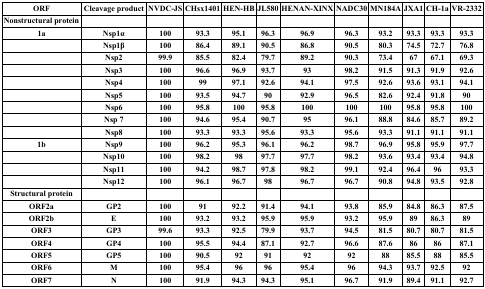
<table><thead><tr><td><b>ORF</b></td><td><b>Cleavage product</b></td><td><b>NVDC-JS</b></td><td><b>CHsx1401</b></td><td><b>HEN-HB</b></td><td><b>JL580</b></td><td><b>HENAN-XINX</b></td><td><b>NADC30</b></td><td><b>MN184A</b></td><td><b>JXA1</b></td><td><b>CH-1a</b></td><td><b>VR-2332</b></td></tr></thead><tbody><tr><td><b>Nonstructural protein</b></td><td></td><td></td><td></td><td></td><td></td><td></td><td></td><td></td><td></td><td></td><td></td></tr><tr><td><b>1a</b></td><td><b>Nsp1α</b></td><td><b>100</b></td><td><b>93.3</b></td><td><b>95.1</b></td><td><b>96.3</b></td><td><b>96.9</b></td><td><b>96.3</b></td><td><b>93.2</b></td><td><b>93.3</b></td><td><b>93.3</b></td><td><b>93.3</b></td></tr><tr><td></td><td><b>Nsp1β</b></td><td><b>100</b></td><td><b>86.4</b></td><td><b>89.1</b></td><td><b>90.5</b></td><td><b>86.8</b></td><td><b>90.5</b></td><td><b>80.3</b></td><td><b>74.5</b></td><td><b>72.7</b></td><td><b>76.8</b></td></tr><tr><td></td><td><b>Nsp2</b></td><td><b>99.9</b></td><td><b>85.5</b></td><td><b>82.4</b></td><td><b>79.7</b></td><td><b>89.2</b></td><td><b>90.3</b></td><td><b>73.4</b></td><td><b>67</b></td><td><b>67.1</b></td><td><b>69.3</b></td></tr><tr><td></td><td><b>Nsp3</b></td><td><b>100</b></td><td><b>96.6</b></td><td><b>96.9</b></td><td><b>93.7</b></td><td><b>93</b></td><td><b>98.2</b></td><td><b>91.5</b></td><td><b>91.3</b></td><td><b>91.9</b></td><td><b>92.6</b></td></tr><tr><td></td><td><b>Nsp4</b></td><td><b>100</b></td><td><b>99</b></td><td><b>97.1</b></td><td><b>92.6</b></td><td><b>94.1</b></td><td><b>97.5</b></td><td><b>92.6</b></td><td><b>93.6</b></td><td><b>93.1</b></td><td><b>94.1</b></td></tr><tr><td></td><td><b>Nsp5</b></td><td><b>100</b></td><td><b>93.5</b></td><td><b>94.7</b></td><td><b>90</b></td><td><b>92.9</b></td><td><b>96.5</b></td><td><b>82.6</b></td><td><b>92.4</b></td><td><b>91.8</b></td><td><b>90</b></td></tr><tr><td></td><td><b>Nsp6</b></td><td><b>100</b></td><td><b>95.8</b></td><td><b>100</b></td><td><b>95.8</b></td><td><b>100</b></td><td><b>100</b></td><td><b>100</b></td><td><b>95.8</b></td><td><b>95.8</b></td><td><b>100</b></td></tr><tr><td></td><td><b>Nsp 7</b></td><td><b>100</b></td><td><b>94.6</b></td><td><b>95.4</b></td><td><b>90.7</b></td><td><b>95</b></td><td><b>96.1</b></td><td><b>88.8</b></td><td><b>84.6</b></td><td><b>85.7</b></td><td><b>89.2</b></td></tr><tr><td></td><td><b>Nsp8</b></td><td><b>100</b></td><td><b>93.3</b></td><td><b>93.3</b></td><td><b>95.6</b></td><td><b>93.3</b></td><td><b>95.6</b></td><td><b>93.3</b></td><td><b>91.1</b></td><td><b>91.1</b></td><td><b>91.1</b></td></tr><tr><td><b>1b</b></td><td><b>Nsp9</b></td><td><b>100</b></td><td><b>96.2</b></td><td><b>95.3</b></td><td><b>96.1</b></td><td><b>96.2</b></td><td><b>98.7</b></td><td><b>96.9</b></td><td><b>95.8</b></td><td><b>95.9</b></td><td><b>97.7</b></td></tr><tr><td></td><td><b>Nsp10</b></td><td><b>100</b></td><td><b>98.2</b></td><td><b>98</b></td><td><b>97.7</b></td><td><b>97.7</b></td><td><b>98.2</b></td><td><b>93.6</b></td><td><b>93.4</b></td><td><b>93.4</b></td><td><b>94.8</b></td></tr><tr><td></td><td><b>Nsp11</b></td><td><b>100</b></td><td><b>94.2</b></td><td><b>98.7</b></td><td><b>97.8</b></td><td><b>98.2</b></td><td><b>99.1</b></td><td><b>92.4</b></td><td><b>96.4</b></td><td><b>96</b></td><td><b>93.3</b></td></tr><tr><td></td><td><b>Nsp12</b></td><td><b>100</b></td><td><b>96.1</b></td><td><b>96.7</b></td><td><b>98</b></td><td><b>96.7</b></td><td><b>96.7</b></td><td><b>90.8</b></td><td><b>94.8</b></td><td><b>93.5</b></td><td><b>92.8</b></td></tr><tr><td><b>Structural protein</b></td><td></td><td></td><td></td><td></td><td></td><td></td><td></td><td></td><td></td><td></td><td></td></tr><tr><td><b>ORF2a</b></td><td><b>GP2</b></td><td><b>100</b></td><td><b>91</b></td><td><b>92.2</b></td><td><b>91.4</b></td><td><b>94.1</b></td><td><b>93.8</b></td><td><b>85.9</b></td><td><b>84.8</b></td><td><b>86.3</b></td><td><b>87.5</b></td></tr><tr><td><b>ORF2b</b></td><td><b>E</b></td><td><b>100</b></td><td><b>93.2</b></td><td><b>93.2</b></td><td><b>95.9</b></td><td><b>95.9</b></td><td><b>93.2</b></td><td><b>95.9</b></td><td><b>89</b></td><td><b>86.3</b></td><td><b>89</b></td></tr><tr><td><b>ORF3</b></td><td><b>GP3</b></td><td><b>99.6</b></td><td><b>93.3</b></td><td><b>92.5</b></td><td><b>79.9</b></td><td><b>93.7</b></td><td><b>94.5</b></td><td><b>81.5</b></td><td><b>80.7</b></td><td><b>80.7</b></td><td><b>81.5</b></td></tr><tr><td><b>ORF4</b></td><td><b>GP4</b></td><td><b>100</b></td><td><b>95.5</b></td><td><b>94.4</b></td><td><b>87.1</b></td><td><b>92.7</b></td><td><b>96.6</b></td><td><b>87.6</b></td><td><b>86</b></td><td><b>86</b></td><td><b>87.1</b></td></tr><tr><td><b>ORF5</b></td><td><b>GP5</b></td><td><b>100</b></td><td><b>90.5</b></td><td><b>92</b></td><td><b>91</b></td><td><b>92</b></td><td><b>92</b></td><td><b>88</b></td><td><b>85.5</b></td><td><b>88</b></td><td><b>85.5</b></td></tr><tr><td><b>ORF6</b></td><td><b>M</b></td><td><b>100</b></td><td><b>95.4</b></td><td><b>96</b></td><td><b>96</b></td><td><b>95.4</b></td><td><b>96</b></td><td><b>94.3</b></td><td><b>93.7</b></td><td><b>92.5</b></td><td><b>92</b></td></tr><tr><td><b>ORF7</b></td><td><b>N</b></td><td><b>100</b></td><td><b>91.9</b></td><td><b>94.3</b></td><td><b>94.3</b></td><td><b>95.1</b></td><td><b>96.7</b></td><td><b>91.9</b></td><td><b>89.4</b></td><td><b>91.1</b></td><td><b>92.7</b></td></tr></tbody></table>